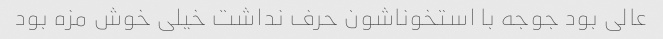
عالی بود جوجه با استخوناشون حرف نداشت خیلی خوش مزه بود